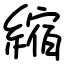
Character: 縮